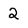
Character: 2